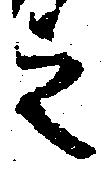
之